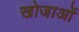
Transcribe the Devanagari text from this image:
खोजाओं